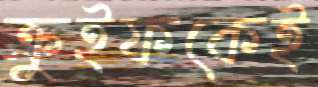
ক্রুইফকেই